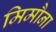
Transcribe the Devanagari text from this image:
मिमौना